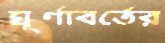
ঘূর্ণাবর্তের